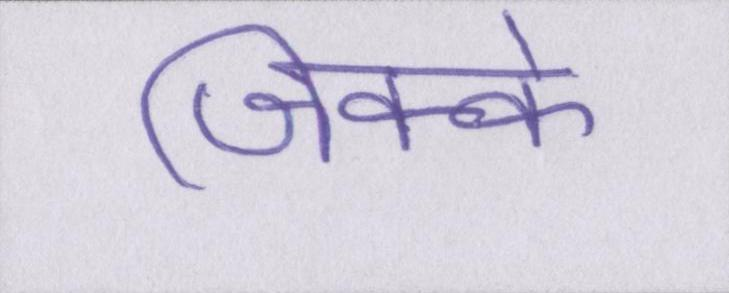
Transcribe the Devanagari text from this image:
जिक्के